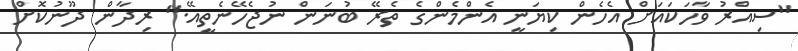
"ސިއްރު ވާހަކައަށް އެހެން ކިޔަނީ އެންމެންގެ ތެރޭ ބުނަން ނުޖެހޭނެތީއޭ." ރިދާން ދޫނުކޮށް